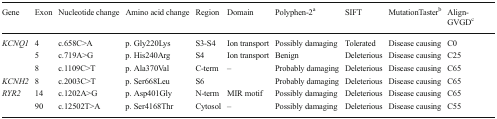
<table><thead><tr><td><b>Gene</b></td><td><b>Exon</b></td><td><b>Nucleotide change</b></td><td><b>Amino acid change</b></td><td><b>Region</b></td><td><b>Domain</b></td><td><b>Polyphen-2<sup>a</sup></b></td><td><b>SIFT</b></td><td><b>MutationTaster<sup>b</sup></b></td><td><b>Align-GVGD<sup>c</sup></b></td></tr></thead><tbody><tr><td rowspan="3"><i>KCNQ1</i></td><td>4</td><td>c.658C&gt;A</td><td>p. Gly220Lys</td><td>S3-S4</td><td>Ion transport</td><td>Possibly damaging</td><td>Tolerated</td><td>Disease causing</td><td>C0</td></tr><tr><td>5</td><td>c.719A&gt;G</td><td>p. His240Arg</td><td>S4</td><td>Ion transport</td><td>Benign</td><td>Deleterious</td><td>Disease causing</td><td>C25</td></tr><tr><td>8</td><td>c.1109C&gt;T</td><td>p. Ala370Val</td><td>C-term</td><td>–</td><td>Probably damaging</td><td>Deleterious</td><td>Disease causing</td><td>C65</td></tr><tr><td><i>KCNH2</i></td><td>8</td><td>c.2003C&gt;T</td><td>p. Ser668Leu</td><td>S6</td><td></td><td>Probably damaging</td><td>Deleterious</td><td>Disease causing</td><td>C65</td></tr><tr><td rowspan="2"><i>RYR2</i></td><td>14</td><td>c.1202A&gt;G</td><td>p. Asp401Gly</td><td>N-term</td><td>MIR motif</td><td>Possibly damaging</td><td>Deleterious</td><td>Disease causing</td><td>C65</td></tr><tr><td>90</td><td>c.12502T&gt;A</td><td>p. Ser4168Thr</td><td>Cytosol</td><td>–</td><td>Possibly damaging</td><td>Deleterious</td><td>Disease causing</td><td>C55</td></tr></tbody></table>